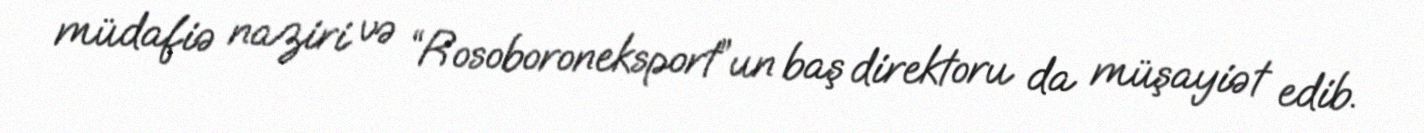
müdafiə naziri və “Rosoboroneksport”un baş direktoru da müşayiət edib.